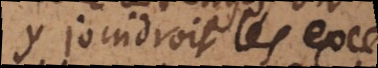
y joindroit les exce